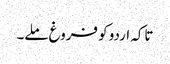
تاکہ اردو کو فروغ ملے۔